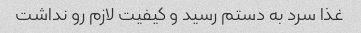
غذا سرد به دستم رسید و کیفیت لازم رو نداشت